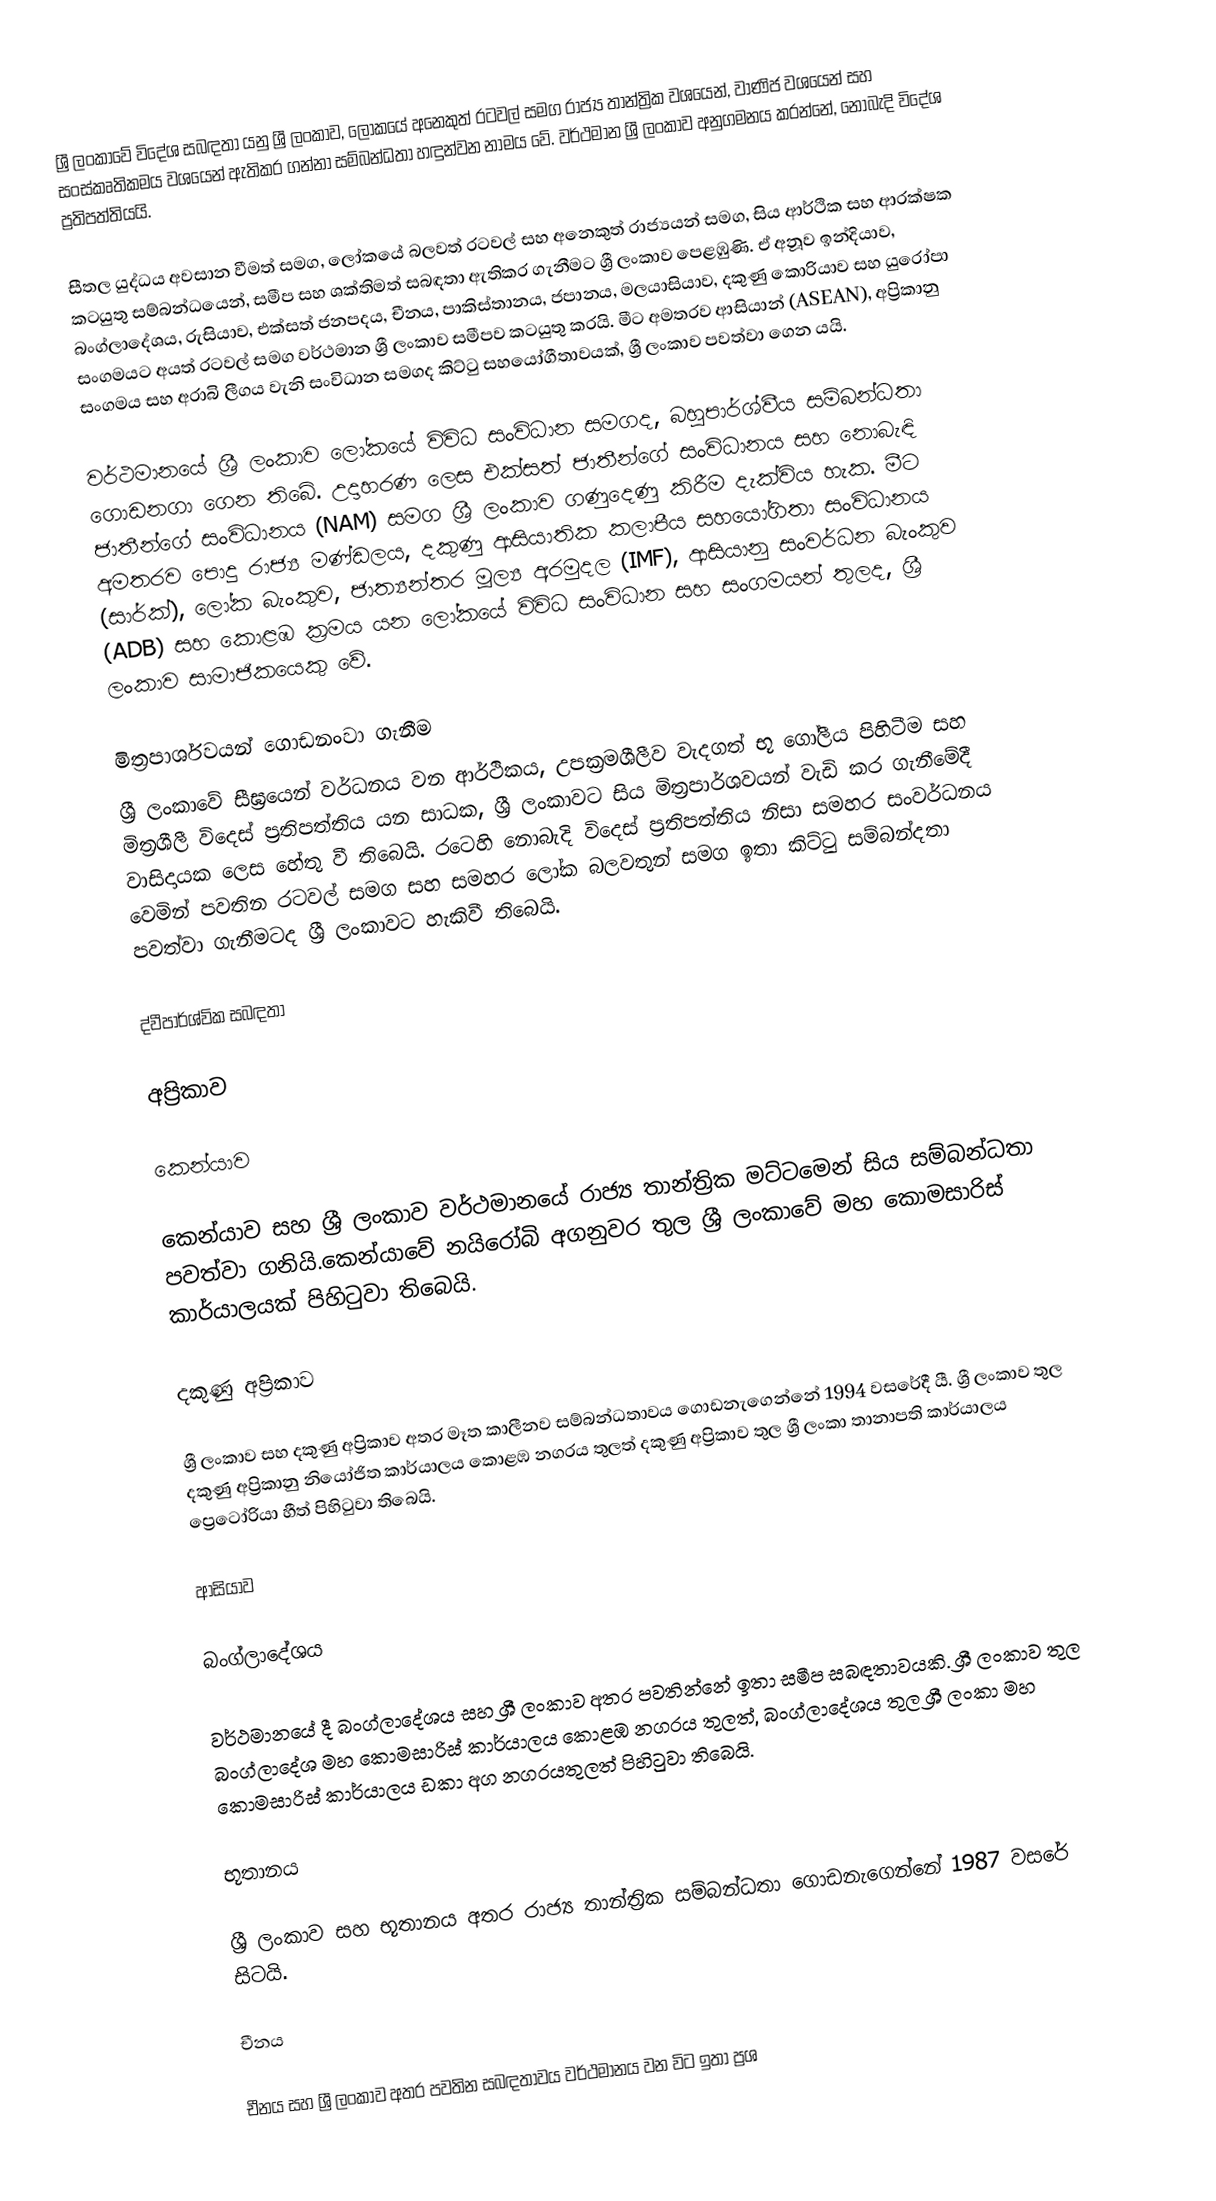
ශ්‍රී ලංකාවේ විදේශ සබඳතා යනු ශ්‍රී ලංකාව, ලෝකයේ අනෙකුත් රටවල් සමග රාජ්‍ය තාන්ත්‍රික වශයෙන්, වාණිජ වශයෙන් සහ සංස්කෘතිකමය වශයෙන් ඇතිකර ගන්නා සම්බන්ධතා හඳුන්වන නාමය වේ. වර්ථමාන ශ්‍රී ලංකාව අනුගමනය කරන්නේ, නොබැදි විදේශ ප්‍රතිපත්තියයි.

සීතල යුද්ධය අවසාන වීමත් සමග, ලෝකයේ බලවත් රටවල් සහ අනෙකුත් රාජ්‍යයන් සමග, සිය ආර්ථික සහ ආරක්ෂක කටයුතු සම්බන්ධයෙන්, සමීප සහ ශක්තිමත් සබඳතා ඇතිකර ගැනීමට ශ්‍රී ලංකාව පෙළඹුණි. ඒ අනූව ඉන්දියාව, බංග්ලාදේශය, රුසියාව, එක්සත් ජනපදය, චීනය, පාකිස්තානය, ජපානය, මලයාසියාව, දකුණු කොරියාව සහ යුරෝපා සංගමයට අයත් රටවල් සමග වර්ථමාන ශ්‍රී ලංකාව සමීපව කටයුතු කරයි. මීට අමතරව ආසියාන් (ASEAN), අප්‍රිකානු සංගමය සහ අරාබි ලීගය වැනි සංවිධාන සමගද කිට්ටු සහයෝගීතාවයක්, ශ්‍රී ලංකාව පවත්වා ගෙන යයි.

වර්ථමානයේ ශ්‍රී ලංකාව ලෝකයේ විවිධ සංවිධාන සමගද, බහුපාර්ශ්වීය සම්බන්ධතා ගොඩනගා ගෙන තිබේ. උදාහරණ ලෙස එක්සත් ජාතීන්ගේ සංවිධානය සහ නොබැඳි ජාතීන්ගේ සංවිධානය (NAM) සමග ශ්‍රී ලංකාව ගණුදෙණු කිරීම දැක්විය හැක. මීට අමතරව පොදු රාජ්‍ය මණ්ඩලය, දකුණු ආසියාතික කලාපීය සහයෝගිතා සංවිධානය (සාර්ක්), ලෝක බැංකුව, ජාත්‍යන්තර මූල්‍ය අරමුදල (IMF), ආසියානු සංවර්ධන බැංකුව (ADB) සහ කොළඹ ක්‍රමය යන ලෝකයේ විවිධ සංවිධාන සහ සංගමයන් තුලද, ශ්‍රී ලංකාව සාමාජිකයෙකු වේ.

මිත්‍රපාර්ශවයන් ගොඩනංවා ගැනීම
ශ්‍රී ලංකාවේ සීඝ්‍රයෙන් වර්ධනය වන ආර්ථිකය, උපක්‍රමශීලීව වැදගත් භූ ගෝලීය පිහිටීම සහ මිත්‍රශීලී විදෙස් ප්‍රතිපත්තිය යන සාධක, ශ්‍රී ලංකාවට සිය මිත්‍රපාර්ශවයන් වැඩි කර ගැනීමේදී වාසිදායක ලෙස හේතු වී තිබෙයි. රටෙහි නොබැදි විදෙස් ප්‍රතිපත්තිය නිසා සමහර සංවර්ධනය වෙමින් පවතින රටවල් සමග සහ සමහර ලෝක බලවතුන් සමග ඉතා කිට්ටු සම්බන්දතා පවත්වා ගැනීමටද ශ්‍රී ලංකාවට හැකිවී තිබෙයි.

ද්වීපාර්ශ්වික සබඳතා

අප්‍රිකාව

කෙන්යාව

කෙන්යාව සහ ශ්‍රී ලංකාව වර්ථමානයේ රාජ්‍ය තාන්ත්‍රික මට්ටමෙන් සිය සම්බන්ධතා පවත්වා ගනියි.කෙන්යාවේ නයිරෝබි අගනුවර තුල ශ්‍රී ලංකාවේ මහ කොමසාරිස් කාර්යාලයක් පිහිටුවා තිබෙයි.

දකුණු අප්‍රිකාව

ශ්‍රී ලංකාව සහ දකුණු අප්‍රිකාව අතර මෑත කාලීනව සම්බන්ධතාවය ගොඩනැගෙන්නේ 1994 වසරේදී යී. ශ්‍රී ලංකාව තුල දකුණු අප්‍රිකානු නියෝජිත කාර්යාලය කොළඹ නගරය තුලත් දකුණු අප්‍රිකාව තුල ශ්‍රී ලංකා තානාපති කාර්යාලය ප්‍රෙටෝරියා හීත් පිහිටුවා තිබෙයි.

ආසියාව

බංග්ලාදේශය

වර්ථමානයේ දී බංග්ලාදේශය සහ ශ්‍රී ලංකාව අතර පවතින්නේ ඉතා සමීප සබඳතාවයකි. ශ්‍රී ලංකාව තුල බංග්ලාදේශ මහ කොමසාරිස් කාර්යාලය කොළඹ නගරය තුලත්, බංග්ලාදේශය තුල ශ්‍රී ලංකා මහ කොමසාරිස් කාර්යාලය ඩකා අග නගරයතුලත් පිහිටුවා තිබෙයි.

භූතානය

ශ්‍රී ලංකාව සහ භූතානය අතර රාජ්‍ය තාන්ත්‍රික සම්බන්ධතා ගොඩනැගෙන්නේ 1987 වසරේ සිටයි.

චීනය

චීනය සහ ශ්‍රී ලංකාව අතර පවතින සබඳතාවය වර්ථමානය වන විට ඉතා ප්‍රශ